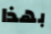
بهذا